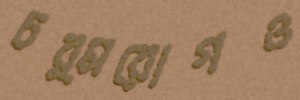
চর্মরোগও